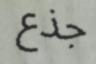
جذع